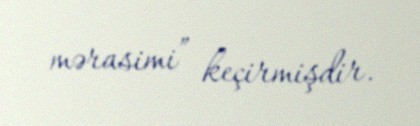
mərasimi” keçirmişdir.